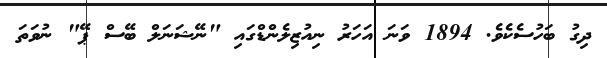
ދިގު ބަހުސެކެވެ. 1894 ވަނަ އަހަރު ނިއުޒިލެންޑްގައި "ނޭޝަނަލް ބޭސް ޕޭ" ނުވަތަ